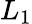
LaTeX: L_{\mathrm{1}}